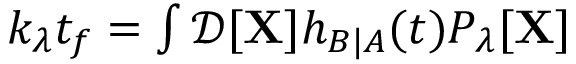
\begin{array} { r } { k _ { \lambda } t _ { f } = \int \mathcal { D } [ \mathbf { X } ] h _ { B | A } ( t ) P _ { \lambda } [ \mathbf { X } ] } \end{array}